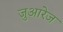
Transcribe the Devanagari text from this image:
जुआरेज